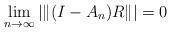
LaTeX: \begin{align*}\lim_{n \to \infty} |\|(I-A_n)R\|| = 0\end{align*}